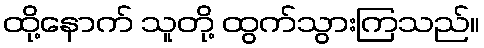
ထို့နောက် သူတို့ ထွက်သွားကြသည်။